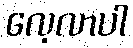
လေ့လာပါ